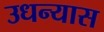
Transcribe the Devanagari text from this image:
उधन्यास